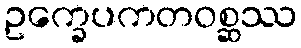
ဥက္ခေပကတဝစ္ဆဿ